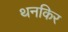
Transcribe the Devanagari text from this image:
थनकिर